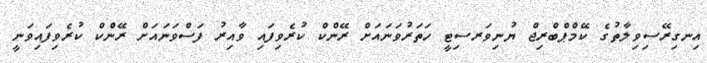
އިނގިރޭސިވިލާތުގެ ކޭމްޕްބްރިޖް ޔުނިވަރސިޓީ ހަތަރުވަނައަށް ރޭންކް ކުރެވިފައި ވާއިރު ފަސްވަނައަށް ރޭންކް ކުރެވިފައިވަނީ